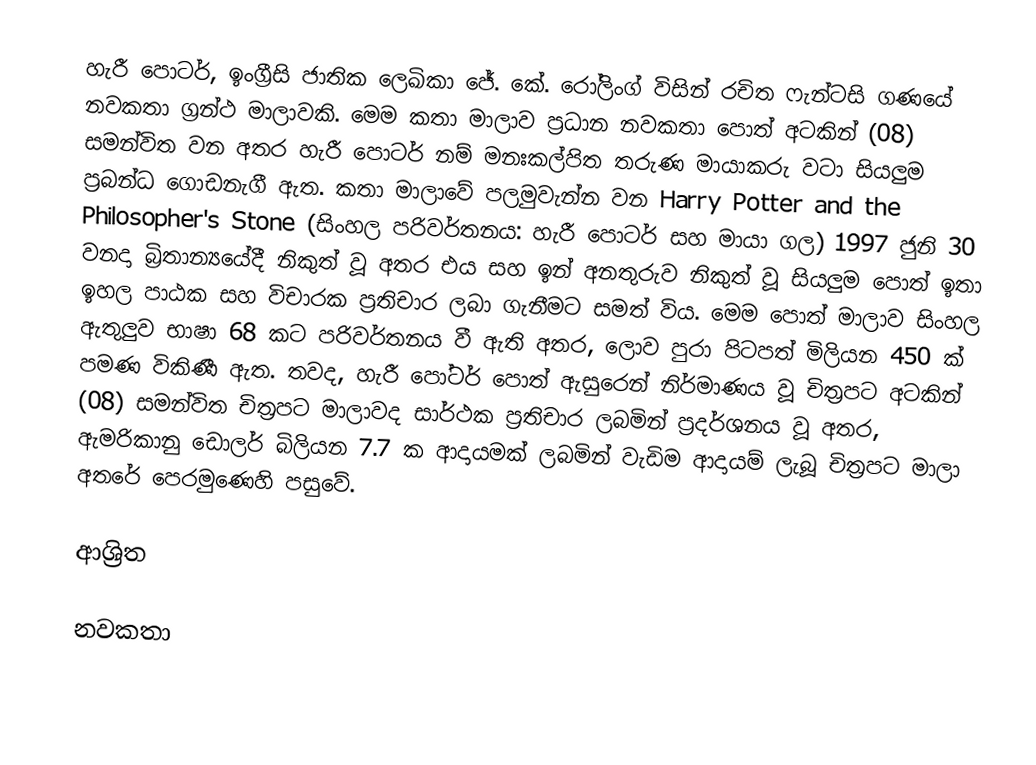
හැරී පොටර්, ඉංග්‍රීසි ජාතික ලෙඛිකා ජේ. කේ. රෝලිංග් විසින් රචිත ෆැන්ටසි ගණයේ නවකතා ග්‍රන්ථ මාලාවකි. මෙම කතා මාලාව ප්‍රධාන නවකතා පොත් අටකින් (08) සමන්විත වන අතර හැරී පොටර් නම් මනඃකල්පිත තරුණ මායාකරු වටා සියලුම ප්‍රබන්ධ ගොඩනැගී ඇත. කතා මාලාවේ පලමුවැන්න වන Harry Potter and the Philosopher's Stone (සිංහල පරිවර්තනය: හැරී පොටර් සහ මායා ගල) 1997 ජුනි 30 වනදා බ්‍රිතාන්‍යයේදී නිකුත් වූ අතර එය සහ ඉන් අනතුරුව නිකුත් වූ සියලුම පොත් ඉතා ඉහල පාඨක සහ විචාරක ප්‍රතිචාර ලබා ගැනීමට සමත් විය. මෙම පොත් මාලාව සිංහල ඇතුලුව භාෂා 68 කට පරිවර්තනය වී ඇති අතර, ලොව පුරා පිටපත් මිලියන 450 ක් පමණ විකිණී ඇත. තවද, හැරී පෝටර් පොත් ඇසුරෙන් නිර්මාණය වූ චිත්‍රපට අටකින් (08) සමන්විත චිත්‍රපට මාලාවද සාර්ථක ප්‍රතිචාර ලබමින් ප්‍රදර්ශනය වූ අතර, ඇමරිකානු ඩොලර් බිලියන 7.7 ක ආදායමක් ලබමින් වැඩිම ආදායම් ලැබූ චිත්‍රපට මාලා අතරේ පෙරමුණෙහි පසුවේ.

ආශ්‍රිත

නවකතා